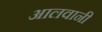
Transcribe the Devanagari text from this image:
आलवानी